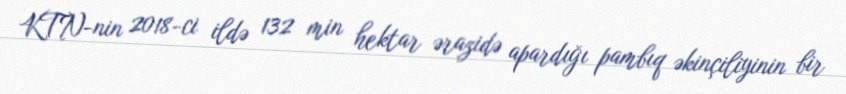
KTN-nin 2018-ci ildə 132 min hektar ərazidə apardığı pambıq əkinçiliyinin bir